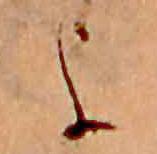
よ